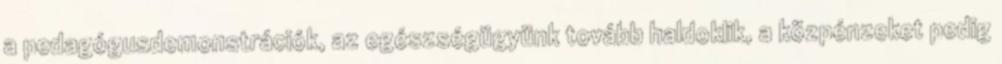
a pedagógusdemonstrációk, az egészségügyünk tovább haldoklik, a közpénzeket pedig